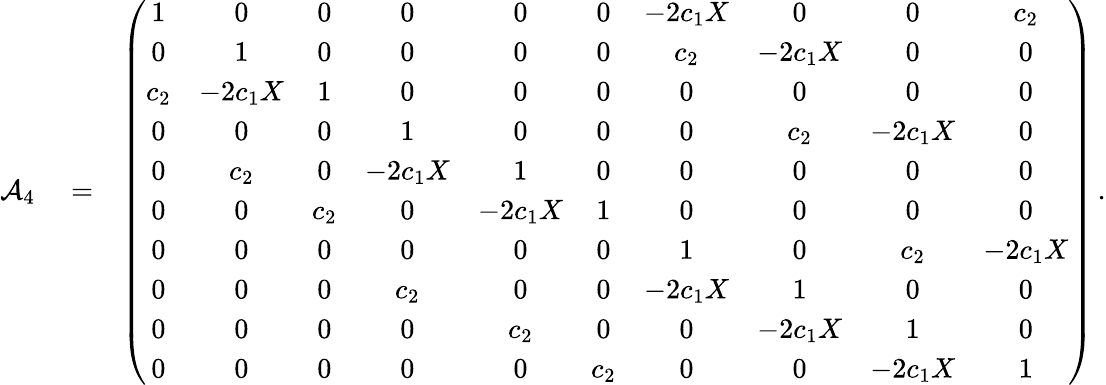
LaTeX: \begin{array}{rlr}{{\cal A}_{4}}&{{}=}&{\left(\begin{array}{cccccccccc}{1}&{0}&{0}&{0}&{0}&{0}&{-2c_{1}X}&{0}&{0}&{c_{2}}\\ {0}&{1}&{0}&{0}&{0}&{0}&{c_{2}}&{-2c_{1}X}&{0}&{0}\\ {c_{2}}&{-2c_{1}X}&{1}&{0}&{0}&{0}&{0}&{0}&{0}&{0}\\ {0}&{0}&{0}&{1}&{0}&{0}&{0}&{c_{2}}&{-2c_{1}X}&{0}\\ {0}&{c_{2}}&{0}&{-2c_{1}X}&{1}&{0}&{0}&{0}&{0}&{0}\\ {0}&{0}&{c_{2}}&{0}&{-2c_{1}X}&{1}&{0}&{0}&{0}&{0}\\ {0}&{0}&{0}&{0}&{0}&{0}&{1}&{0}&{c_{2}}&{-2c_{1}X}\\ {0}&{0}&{0}&{c_{2}}&{0}&{0}&{-2c_{1}X}&{1}&{0}&{0}\\ {0}&{0}&{0}&{0}&{c_{2}}&{0}&{0}&{-2c_{1}X}&{1}&{0}\\ {0}&{0}&{0}&{0}&{0}&{c_{2}}&{0}&{0}&{-2c_{1}X}&{1}\end{array}\right)\, .}\end{array}